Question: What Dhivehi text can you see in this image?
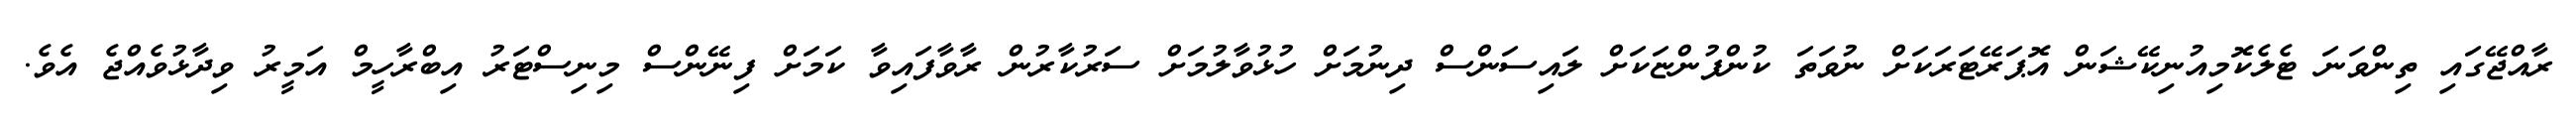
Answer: ރާއްޖޭގައި ތިންވަނަ ޓެލެކޮމިއުނިކޭޝަން އޮޕަރޭޓަރަކަށް ނުވަތަ ކުންފުންޏަކަށް ލައިސަންސް ދިނުމަށް ހުޅުވާލުމަށް ސަރުކާރުން ރާވާފައިވާ ކަމަށް ފިނޭންސް މިނިސްޓަރު އިބްރާހީމް އަމީރު ވިދާޅުވެއްޖެ އެވެ.